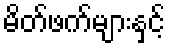
မိတ်ဖက်များနှင့်